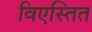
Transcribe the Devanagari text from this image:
विएस्तित